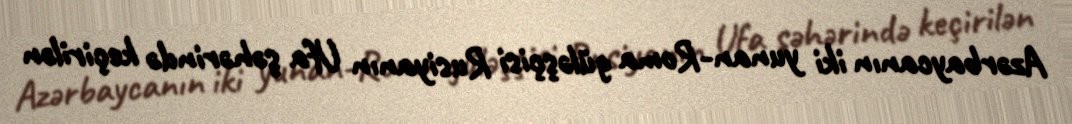
Azərbaycanın iki yunan-Roma güləşçisi Rusiyanın Ufa şəhərində keçirilən